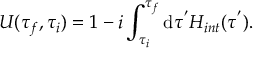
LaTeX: U ( \tau _ { f } , \tau _ { i } ) = 1 - i \int _ { \tau _ { i } } ^ { \tau _ { f } } \mathrm { d } \tau ^ { ' } H _ { i n t } ( \tau ^ { ' } ) .